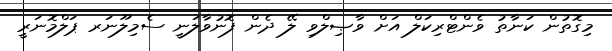
މިގޮތުން ކަނާތު ވެންޓްރިކަލް އަށް ވާޞިލްވި ލޭ ދެން ފޮނުވާލަނީ ސެމިލޫނަރ ޕަލްމޮނަރީ